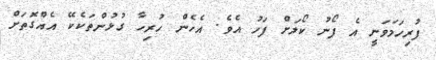
ފުރިހަމަވަނީ އެ ފޯނު ކޯލަށް ފަހު އެވެ. އެހެން ހުރިހާ ގުޅުންތަކެކޭ އެއްގޮތަށް